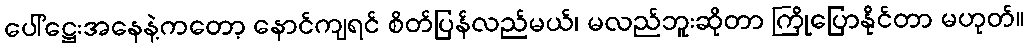
ပေါ်ဋ္ဌေးအနေနဲ့ကတော့ နောင်ကျရင် စိတ်ပြန်လည်မယ်၊ မလည်ဘူးဆိုတာ ကြိုပြောနိုင်တာ မဟုတ်။